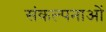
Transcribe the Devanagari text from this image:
संकल्‍पनाओं